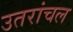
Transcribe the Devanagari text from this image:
उतरांचल